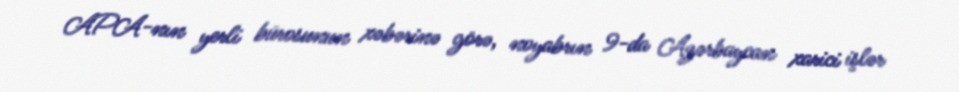
APA-nın yerli bürosunun xəbərinə görə, noyabrın 9-da Azərbaycan xarici işlər